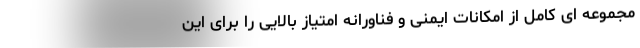
مجموعه ای کامل از امکانات ایمنی و فناورانه امتیاز بالایی را برای این